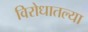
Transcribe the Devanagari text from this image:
विरोधातल्या